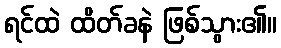
ရင်ထဲ ထိတ်ခနဲ ဖြစ်သွား၏။